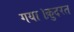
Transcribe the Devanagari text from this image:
गया।क़ुदरत